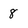
Character: 8